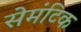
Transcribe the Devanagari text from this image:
सेमंटिक